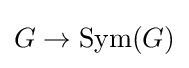
G\to \operatorname {Sym} (G)